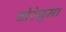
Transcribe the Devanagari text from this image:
डोरेनुमा